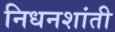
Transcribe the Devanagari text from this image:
निधनशांती